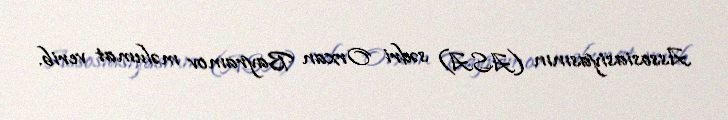
Assosiasiyasının (ASA) sədri Orxan Bayramov məlumat verib.